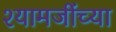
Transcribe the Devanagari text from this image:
श्यामजींच्या